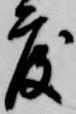
度